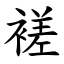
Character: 褨